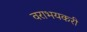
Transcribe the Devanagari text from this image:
वराभयकरी